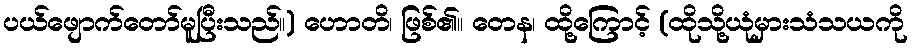
ပယ်ဖျောက်တော်မူပြီးသည်။) ဟောတိ၊ ဖြစ်၏။ တေန၊ ထို့ကြောင့် (ထိုသို့ယုံမှားသံသယကို